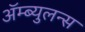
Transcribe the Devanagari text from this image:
ॲम्ब्युलन्स